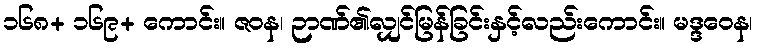
၁၆၈+ ၁၆၉+ ကောင်း။ ဇဝန၊ ဉာဏ်၏လျှင်မြန်ခြင်းနှင့်လည်းကောင်း။ မဒ္ဒဝေန၊